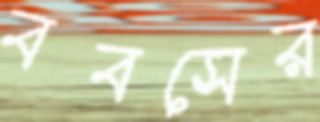
ববসের